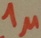
Text: 1µ